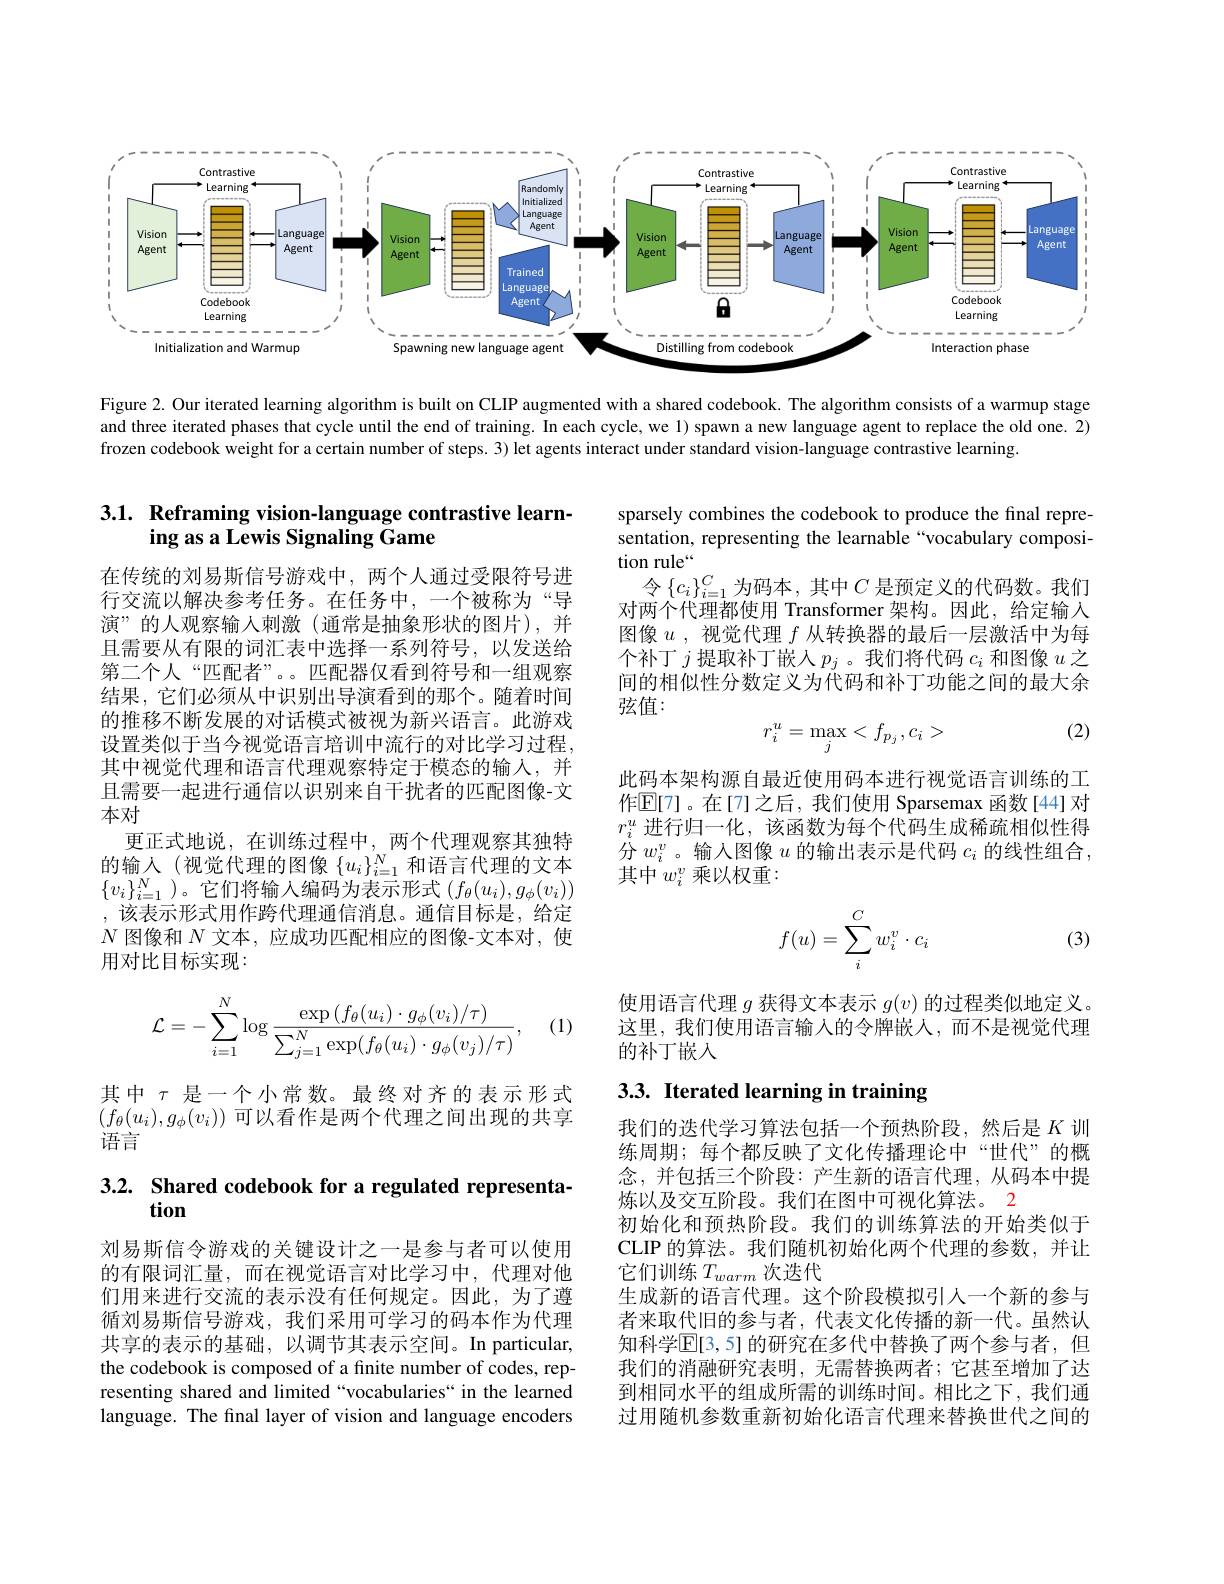
<FigureHere>

Figure 2. Our iterated learning algorithm is built on CLIP augmented with a shared codebook. The algorithm consists of a warmup stage and three iterated phases that cycle until the end of training. In each cycle, we 1) spawn a new language agent to replace the old one. 2) frozen codebook weight for a certain number of steps. 3) let agents interact under standard vision-language contrastive learning.

# 3.1. Reframing vision-language contrastive learning as a Lewis Signaling Game

在传统的刘易斯信号游戏中，两个人通过受限符号进行交流以解决参考任务。在任务中，一个被称为“导演”的人观察输入刺激(通常是抽象形状的图片),并且需要从有限的词汇表中选择一系列符号，以发送给第二个人“匹配者”。。匹配器仅看到符号和一组观察结果，它们必须从中识别出导演看到的那个。随着时间的推移不断发展的对话模式被视为新兴语言。此游戏设置类似于当今视觉语言培训中流行的对比学习过程， 其中视觉代理和语言代理观察特定于模态的输人，并且需要一起进行通信以识别来自干扰者的匹配图像-文本对
更正式地说，在训练过程中，两个代理观察其独特的输入(视觉代理的图像$\{u_i\}_{i=1}^N$和语言代理的文本$\{v_i\}_{i=1}^N$)。它们将输入编码为表示形式$(f_\theta(u_i),g_\phi(v_i))$ ,该表示形式用作跨代理通信消息。通信目标是，给定$N$图像和$N$文本，应成功匹配相应的图像-文本对，使用对比目标实现：

(1)
$$\mathcal{L}=-\sum_{i=1}^N\log\frac{\exp\left(f_\theta(u_i)\cdot g_\phi(v_i)/\tau\right)}{\sum_{j=1}^N\exp(f_\theta(u_i)\cdot g_\phi(v_j)/\tau)},$$
其中$\tau$是一个小常数。最终对齐的表示形式$\left(f_\theta(u_i),g_\phi(v_i)\right)$可以看作是两个代理之间出现的共享语言

### 3.2. Shared codebook for a regulated representa tion

刘易斯信令游戏的关键设计之一是参与者可以使用的有限词汇量，而在视觉语言对比学习中，代理对他们用来进行交流的表示没有任何规定。因此，为了遵循刘易斯信号游戏，我们采用可学习的码本作为代理共享的表示的基础，以调节其表示空间。In particular, the codebook is composed of a finite number of codes, representing shared and limited “vocabularies“ in the learned language. The final layer of vision and language encoders

sparsely combines the codebook to produce the final representation, representing the learnable“vocabulary composition rule“
令$\{c_i\}_i=1^C$为码本，其中$C$是预定义的代码数。我们对两个代理都使用 Transformer 架构。因此，给定输入图像$u$ ,视觉代理$f$从转换器的最后一层激活中为每个补丁$j$提取补丁嵌人$p_j$ 。我们将代码$c_i$和图像$u$之间的相似性分数定义为代码和补丁功能之间的最大余弦值：

(2)
$$r_i^u=\max_j<f_{p_j},c_i>$$
此码本架构源自最近使用码本进行视觉语言训练的工作$\mathbb{E}[7]$。在[7]之后，我们使用 Sparsemax 函数[44]对$r_i^u$进行归一化，该函数为每个代码生成稀疏相似性得分$w_i^v$。输入图像$u$的输出表示是代码$c_i$的线性组合， 其中$w_i^v$乘以权重：
$$f(u)=\sum_i^Cw_i^v\cdot c_i$$
(3)

使用语言代理$g$获得文本表示$g(v)$的过程类似地定义。这里，我们使用语言输入的令牌嵌人，而不是视觉代理的补丁嵌人

# 3.3. Iterated learning in training

我们的迭代学习算法包括一个预热阶段，然后是$K$训练周期；每个都反映了文化传播理论中“世代”的概念，并包括三个阶段：产生新的语言代理，从码本中提炼以及交互阶段。我们在图中可视化算法。2
初始化和预热阶段。我们的训练算法的开始类似于CLIP 的算法。我们随机初始化两个代理的参数，并让它们训练$T_warm$次迭代
生成新的语言代理。这个阶段模拟引人一个新的参与者来取代旧的参与者，代表文化传播的新一代。虽然认知科学$\mathbb{E}[3,5]$ 的研究在多代中替换了两个参与者，但我们的消融研究表明，无需替换两者；它甚至增加了达到相同水平的组成所需的训练时间。相比之下，我们通过用随机参数重新初始化语言代理来替换世代之间的